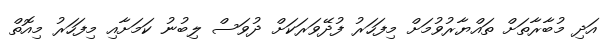
އަދި މުބާރާތަށް ތައްޔާރުވުމަށް މިފަހަރު ފުދޭވަރަކަށް ދުވަސް ލިބުނު ކަމަށާއި މިފަހަރު މިއޮތް